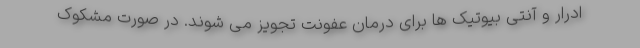
ادرار و آنتی بیوتیک ها برای درمان عفونت تجویز می شوند. در صورت مشکوک